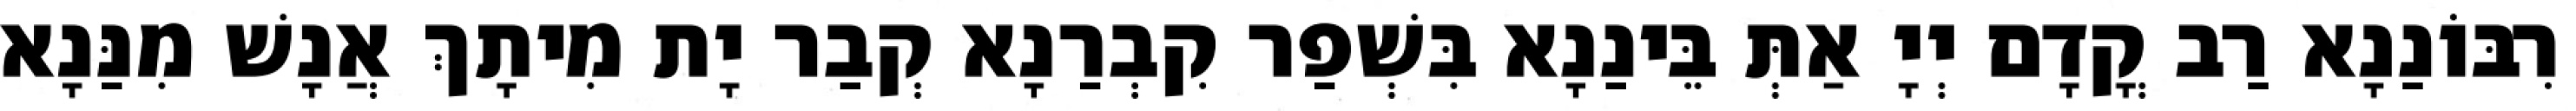
רִבּוֹנַנָא רַב קֳדָם יְיָ אַתְּ בֵּינַנָא בִּשְׁפַר קִבְרַנָא קְבַר יָת מִיתָךְ אֲנָשׁ מִנַּנָא